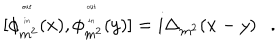
LaTeX: [ \phi _ { m ^ { 2 } } ^ { { \tiny \begin{matrix} { { o u t } } \\ { { i n } } \\ \end{matrix} } } ( x ) , \phi _ { m ^ { 2 } } ^ { { \tiny \begin{matrix} { { o u t } } \\ { { i n } } \\ \end{matrix} } } ( y ) ] = i \Delta _ { m ^ { 2 } } ( x - y ) .